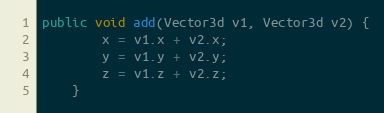
Language: Java
public void add(Vector3d v1, Vector3d v2) {
        x = v1.x + v2.x;
        y = v1.y + v2.y;
        z = v1.z + v2.z;
    }